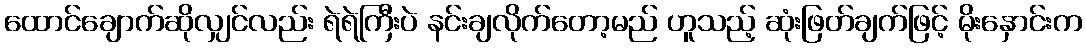
ထောင်ချောက်ဆိုလျှင်လည်း ရဲရဲကြီးပဲ နင်းချလိုက်တော့မည် ဟူသည့် ဆုံးဖြတ်ချက်ဖြင့် မိုးနှောင်းက